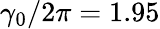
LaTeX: \gamma_{0}/2\pi=1.95